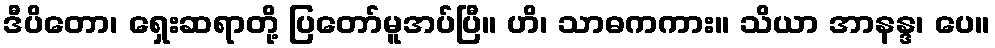
ဒီပိတော၊ ရှေးဆရာတို့ ပြတော်မူအပ်ပြီ။ ဟိ၊ သာဓကကား။ သိယာ အာနန္ဒ၊ ပေ။